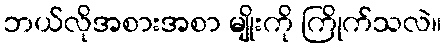
ဘယ်လိုအစားအစာ မျိုးကို ကြိုက်သလဲ။